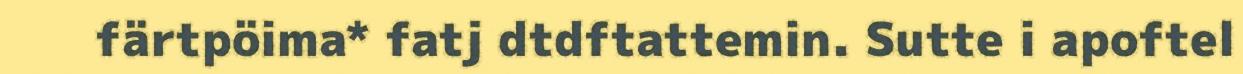
färtpöima* fatj dtdftattemin. Sutte i apoftel